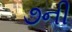
૭ની